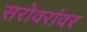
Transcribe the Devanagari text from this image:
सरोवरांवर